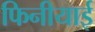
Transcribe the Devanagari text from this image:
फिनीयाई